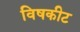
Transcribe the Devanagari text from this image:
विषकीट